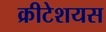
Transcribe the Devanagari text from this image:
क्रीटेशयस